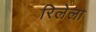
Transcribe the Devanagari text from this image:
रिलेला